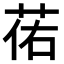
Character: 𫈈